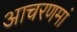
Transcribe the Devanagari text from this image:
आचरणमां